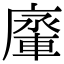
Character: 𨌱